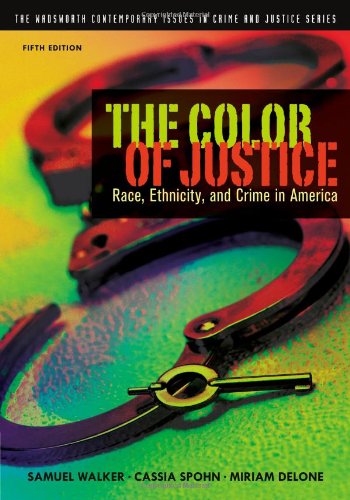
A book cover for The Color of Justice: Race, Ethnicity, and Crime in America (The Wadsworth Contemporary Issues in Crime and Justice Series); Samuel Walker; Law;